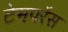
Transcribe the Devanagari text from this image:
टेमपरेंस